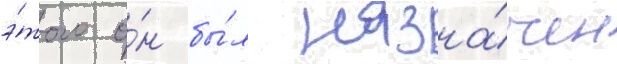
э́того о́н бы́л назна́чен